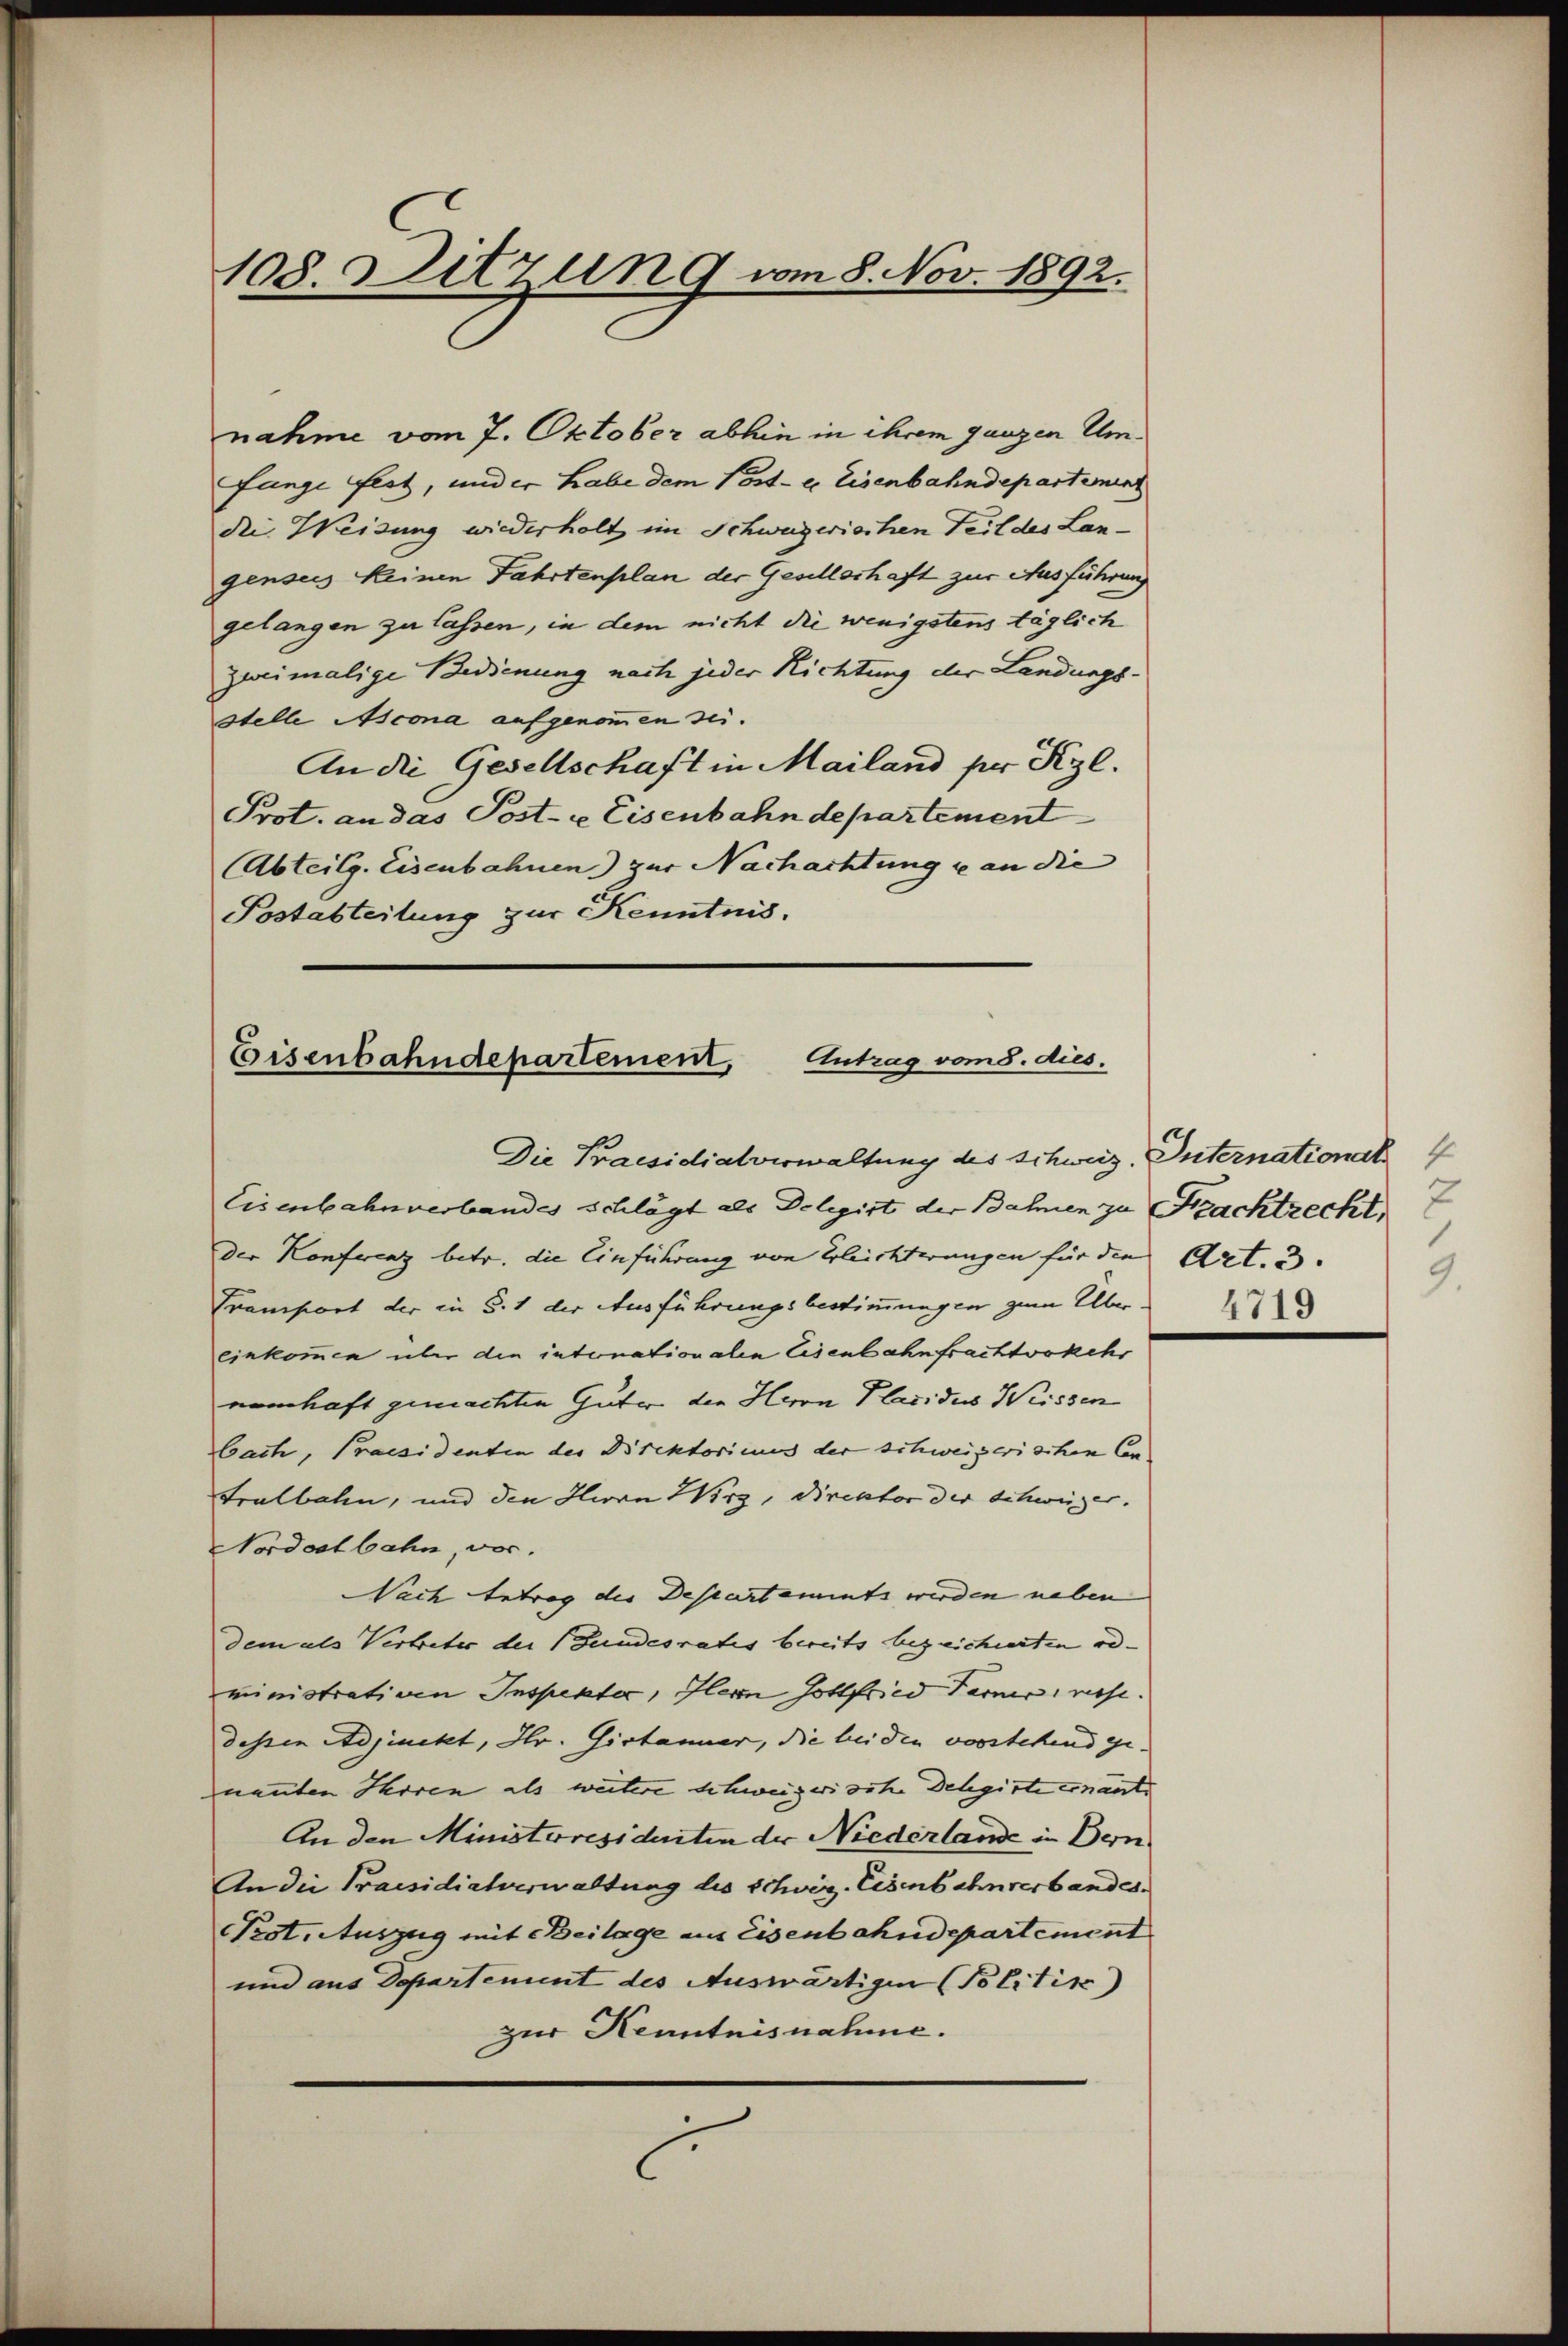
108. Sitzung vom 8. Nov. 1892.

fange fest, und er habe dem Post- u. Eisenbahndepartenins
die Weisung wiederholt im Schweizerischen Teil des Langenseis keinen Fahrtenplan der Gesellschaft zur Ausführung
gelangen zu lassen, in dem nicht die wenigstens täglich
zweimalige Bedienung nach jeder Richtung der Landungs-
stelle Ascona aufgenommen sei.
An die Gesellschaft in Mailand per Kgl.
Prot. an das Post- u Eisenbahndepartement
Abteilg. Eisenbahnen) zur Nachachtung u an die
Postabteilung zur Kenntnis.

nahme vom 7. Oktober abhin in ihrem ganzen Um¬

Eisenbahndepartement, Antrag vom 8. dies.

Eisenbahnverbandes schlägt als Delegirt der Bahnen zu Szacktrecht
der Konferenz betr. die Einführung von Erleichterungen für die Art. 3.
Transport der in §. 1 der Ausführungsbestimmungen zum Über
ciekommen über die internationalen Eisenbahnfrachtvokehr
namhaft gemachten Güter die Herrn Placidus Weissen
bach, Praesidenten des Direktoricus der schweizerischen Con
tralbahn, und den Herrn Wirz, Direktor der Schweizer.
Nordostbahn, vor.
Nach betrag des Deseartements werden neben
dem als Vertreter der Bundesrates bereits bezeichnerten od
ministrativen Inspekter, Ilern Gottfried Tarno mise.
dessen Adjunckt, Hr. Gistaner, die beiden vorstehend ge-
nannten Irren als weitere schweizerische Delegirte ernants
An den Ministeresidenten der Niederlande in Bern
An die Praesidialverwaltung des Schwiz. Eisenbahnverbandes.
Pest. Auszug mit Beilage aus Eisenbahndepartement
und aus Departement des Auswärtigen (Politik)
zur Kenntnisnahme.

Die Praesidialverwaltung des Schweiz. International

9.